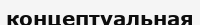
концептуальная